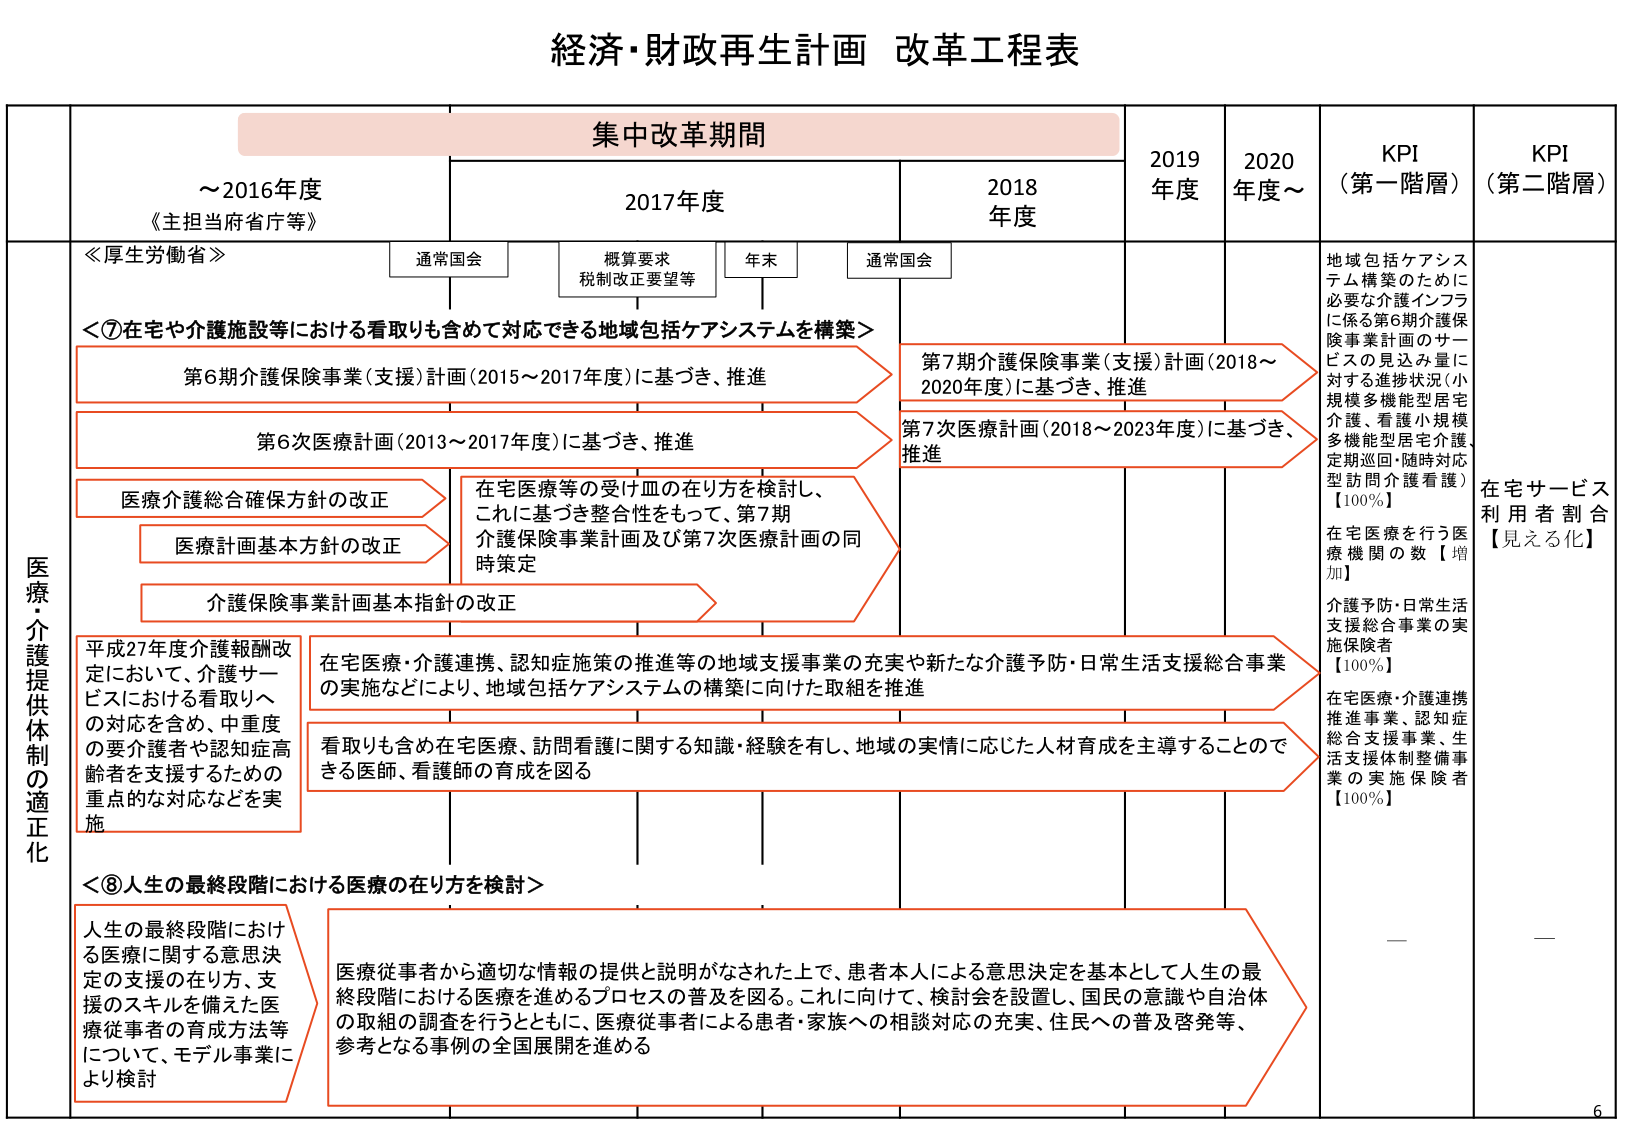
経済・財政再生計画 改革工程表

集中改革期間

～2016年度
《主担当府省庁等》

2017年度
通常国会
概算要求
税制改正要望等
年末
通常国会

2018年度

2019年度

2020年度～

KPI（第一階層）

KPI（第二階層）

≪厚生労働省≫

＜⑦在宅や介護施設等における看取りも含めて対応できる地域包括ケアシステムを構築＞

第6期介護保険事業（支援）計画（2015～2017年度）に基づき、推進

第6次医療計画（2013～2017年度）に基づき、推進

医療介護総合確保方針の改正

医療計画基本方針の改正

介護保険事業計画基本指針の改正

在宅医療等の受け皿の在り方を検討し、
これに基づき整合性をもって、第7期
介護保険事業計画及び第7次医療計画の同
時策定

第7期介護保険事業（支援）計画（2018～
2020年度）に基づき、推進

第7次医療計画（2018～2023年度）に基づき、
推進

地域包括ケアシステム構築のために
必要な介護インフラ
に係る第6期介護保
険事業計画のサービ
スの見込み量に
対する進捗状況（小
規模多機能型居宅
介護、看護小規模
多機能型居宅介護、
定期巡回・随時対応
型訪問介護看護）
【100％】

在宅医療を行う医
療機関の数【増加】

介護予防・日常生活
支援総合事業の実
施保険者
【100％】

在宅医療・介護連携
推進事業、認知症
総合支援事業、生
活支援体制整備事
業の実施保険者
【100％】

在宅サービス
利用者割合
【見える化】

平成27年度介護報酬改
定において、介護サービ
スにおける看取りへ
の対応を含め、中重度
の要介護者や認知症高
齢者を支援するための
重点的な対応などを実
施

在宅医療・介護連携、認知症施設の推進等の地域支援事業の充実や新たな介護予防・日常生活支援総合事業
の実施などにより、地域包括ケアシステムの構築に向けた取組を推進

看取りも含め在宅医療、訪問看護に関する知識・経験を有し、地域の実情に応じた人材育成を主導することで
きる医師、看護師の育成を図る

＜⑧人生の最終段階における医療の在り方を検討＞

人生の最終段階におけ
る医療に関する意思決
定の支援の在り方、支
援のスキルを備えた医
療従事者の育成方法等
について、モデル事業に
より検討

医療従事者から適切な情報の提供と説明がなされた上で、患者本人による意思決定を基本として人生の最
終段階における医療を進めるプロセスの普及を図る。これに向けて、検討会を設置し、国民の意識や自治体
の取組の調査を行うとともに、医療従事者による患者・家族への相談対応の充実、住民への普及啓発等、
参考となる事例の全国展開を進める

医療・介護提供体制の適正化

6